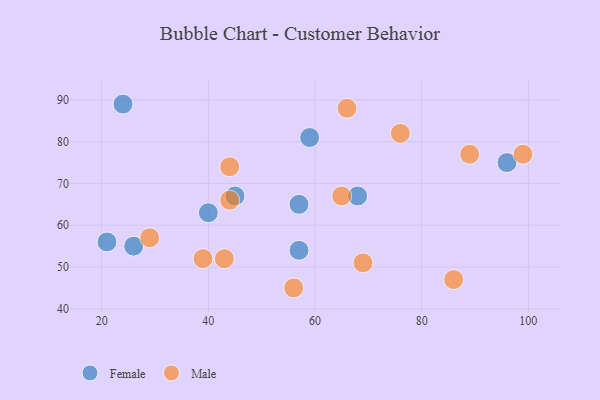
{"axis": {"x": "GDP", "y": "Life Expectancy"}, "legend": ["Female", "Male"], "data": [{"x": "26", "y": 55, "type": "Female"}, {"x": "59", "y": 81, "type": "Female"}, {"x": "21", "y": 56, "type": "Female"}, {"x": "40", "y": 63, "type": "Female"}, {"x": "68", "y": 67, "type": "Female"}, {"x": "24", "y": 89, "type": "Female"}, {"x": "45", "y": 67, "type": "Female"}, {"x": "57", "y": 65, "type": "Female"}, {"x": "96", "y": 75, "type": "Female"}, {"x": "57", "y": 54, "type": "Female"}, {"x": "56", "y": 45, "type": "Male"}, {"x": "89", "y": 77, "type": "Male"}, {"x": "29", "y": 57, "type": "Male"}, {"x": "39", "y": 52, "type": "Male"}, {"x": "86", "y": 47, "type": "Male"}, {"x": "99", "y": 77, "type": "Male"}, {"x": "69", "y": 51, "type": "Male"}, {"x": "76", "y": 82, "type": "Male"}, {"x": "43", "y": 52, "type": "Male"}, {"x": "44", "y": 66, "type": "Male"}, {"x": "44", "y": 74, "type": "Male"}, {"x": "66", "y": 88, "type": "Male"}, {"x": "65", "y": 67, "type": "Male"}]}